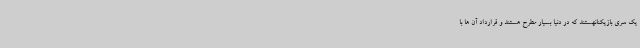
یک سری بازیکنانهستند که در دنیا بسیار مطرح هستند و قرارداد آن ها با